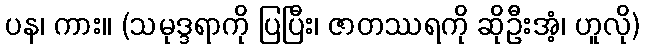
ပန၊ ကား။ (သမုဒ္ဒရာကို ပြပြီး၊ ဇာတဿရကို ဆိုဦးအံ့၊ ဟူလို)